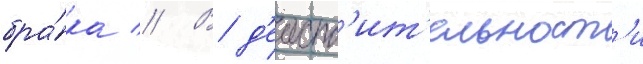
бра́ка // В д'еиств'ит'ельност'и